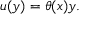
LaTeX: u ( y ) = \theta ( x ) y .